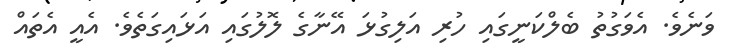
ވަނެވެ. އެވަގުތު ބެލްކަނީގައި ހުރި އަލިގުޅަ އޭނާގެ ލޮލުގައި އަޅައިގަތެވެ. އެއީ އެތައް